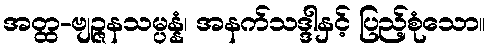
အတ္ထ-ဗျဉ္ဇနသမ္ပန္နံ၊ အနက်သဒ္ဒါနှင့် ပြည့်စုံသော။